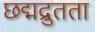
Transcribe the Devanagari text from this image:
छद्मद्रुतता